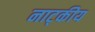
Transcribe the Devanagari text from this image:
नाट्कीय